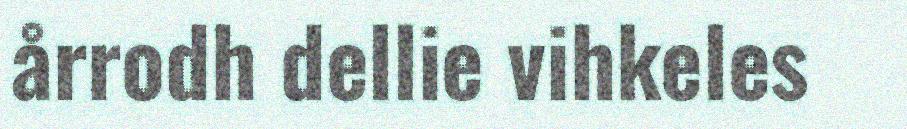
årrodh dellie vihkeles